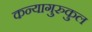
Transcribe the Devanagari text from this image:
कन्यागुरुकुल